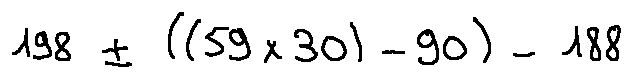
1 9 8 \pm ( ( 5 9 \times 3 0 ) - 9 0 ) - 1 8 8